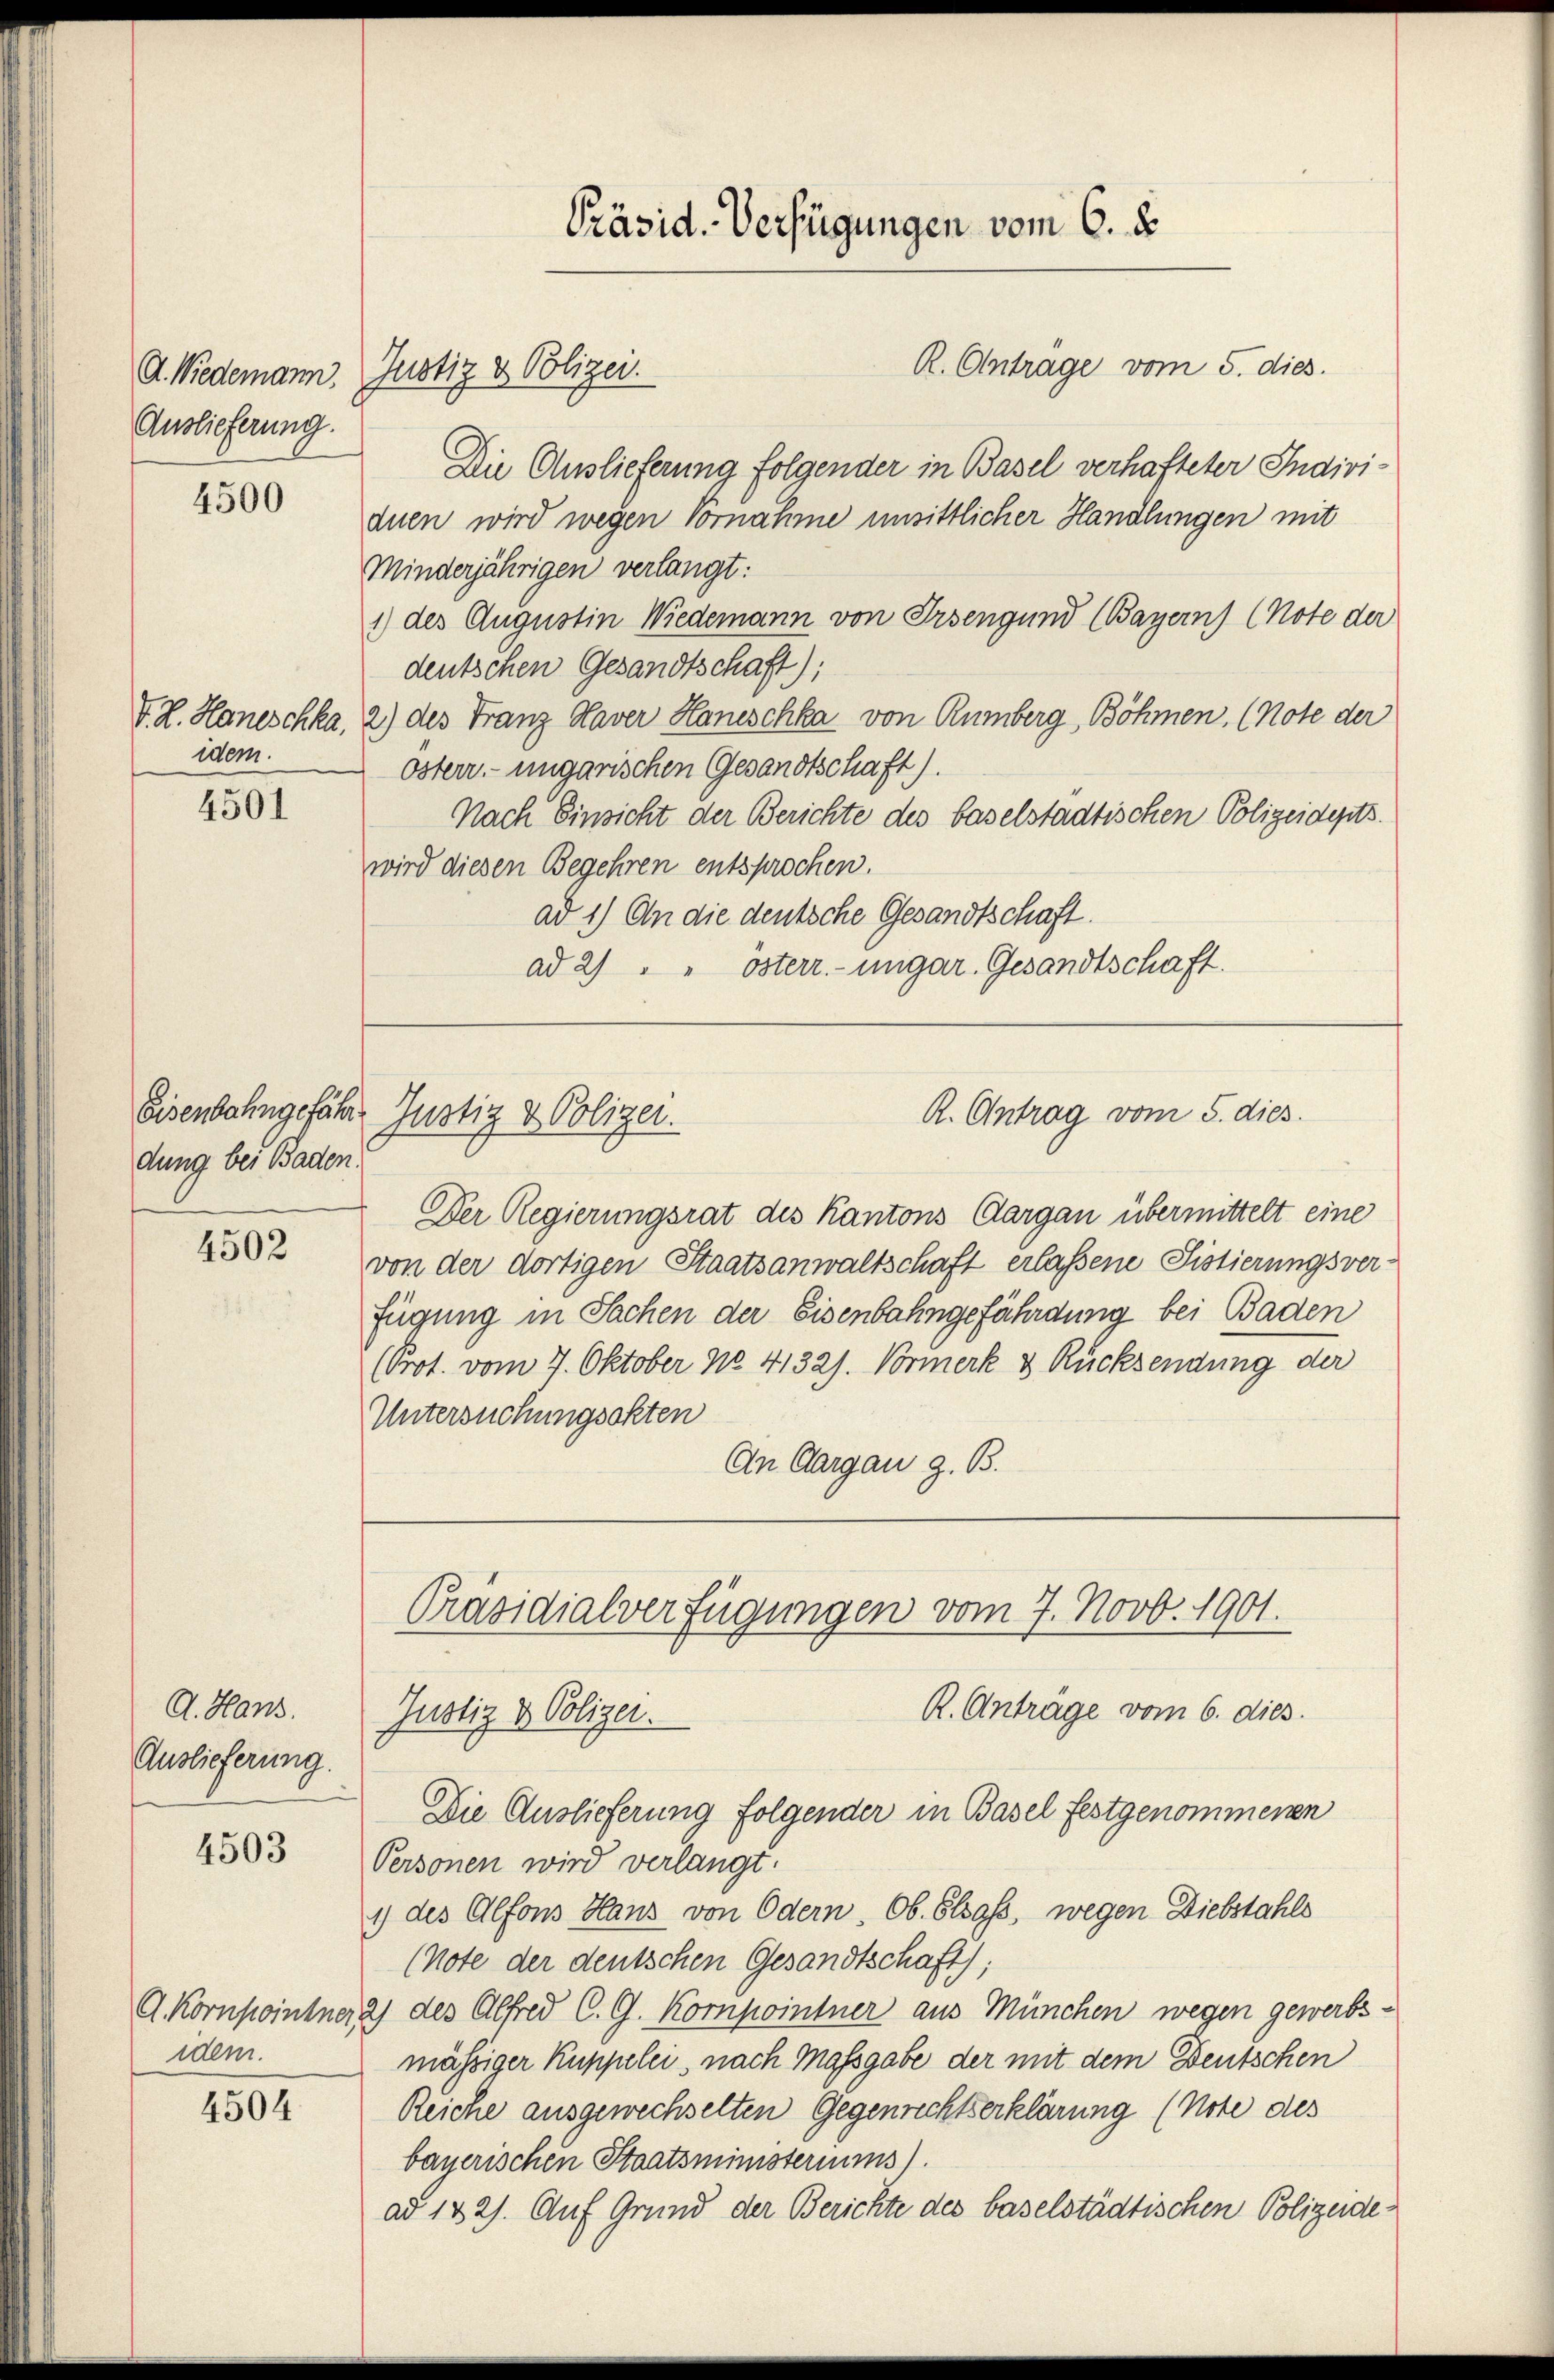
Auslieferung.

4500

V. R. Hanischka,
idem.

4501

dung bei Baden.

4502

A. Hans.
Auslieferung.

4503

Eisenbahngefähr Justiz & Polizei.

Die Auslieferung folgender in Basel verhafteter Individuen wird wegen Vornahme unsittlicher Handlungen mit
Minderjährigen verlangt:
1) des Augustin Wiedemann von Ersengund (Bayern) (Note der
deutschen Gesandtschaft);
2) des Franz Haver Haneschka von Rümberg, Böhmen. (Note der
österr. ungarischen Gesandtschaft).
Nach Einsicht der Berichte des baselstadtischen Polizeidepts.
wird diesen Begehren entsprochen.
ad 1) An die deutsche Gesandtschaft.
ad 2) " " österr.-ungar. Gesandtschaft.

idem.

4504

Präsid. Verfügungen vom 6. d.
R. Antrage vom 5. dies
G. Niedemann, Justiz & Polizei.

Der Regierungsrat des Kantons Aargau übermittelt eine
von der dortigen Staatsanwaltschaft erlassene Sistierungsverfügung in Sachen der Eisenbahngefährdung bei Baden
(Prot. vom 7. Oktober No. 4132). Vormerk & Rücksendung der
Untersuchungsakten
An Aargau z. B.

R. Antrag vom 5. dies

Präsidialverfügungen vom 7. Novb. 1901.
R. Anträge vom 6. dies
Justiz & Polizei.
Die Auslieferung folgender in Basel festgenommenen

Personen wird verlangt.
1) des Alfons Haus von Odern, Ob. Elsass, wegen Diebstahls
(Note der deutschen Gesandtschaft);
A. Kornpointner a) des Alfred C. G. Kompointner aus München wegen gewerbsmässiger Kuppelei, nach Massgabe der mit dem Deutschen
Reiche ausgewechselten Gegenrechtserklärung (Note des
bayerischen Staatsministeriums)
ad 142). Auf Grund der Berichte des baselstädtischen Polizeide¬